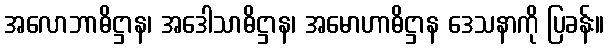
အလောဘာဓိဋ္ဌာန၊ အဒေါသာဓိဋ္ဌာန၊ အမောဟာဓိဋ္ဌာန ဒေသနာကို ပြခန်း။